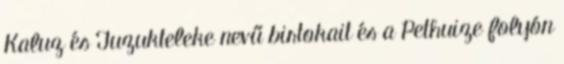
Kaluz és Tuzukteleke nevű birtokait és a Pethuize folyón